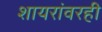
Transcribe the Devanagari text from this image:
शायरांवरही